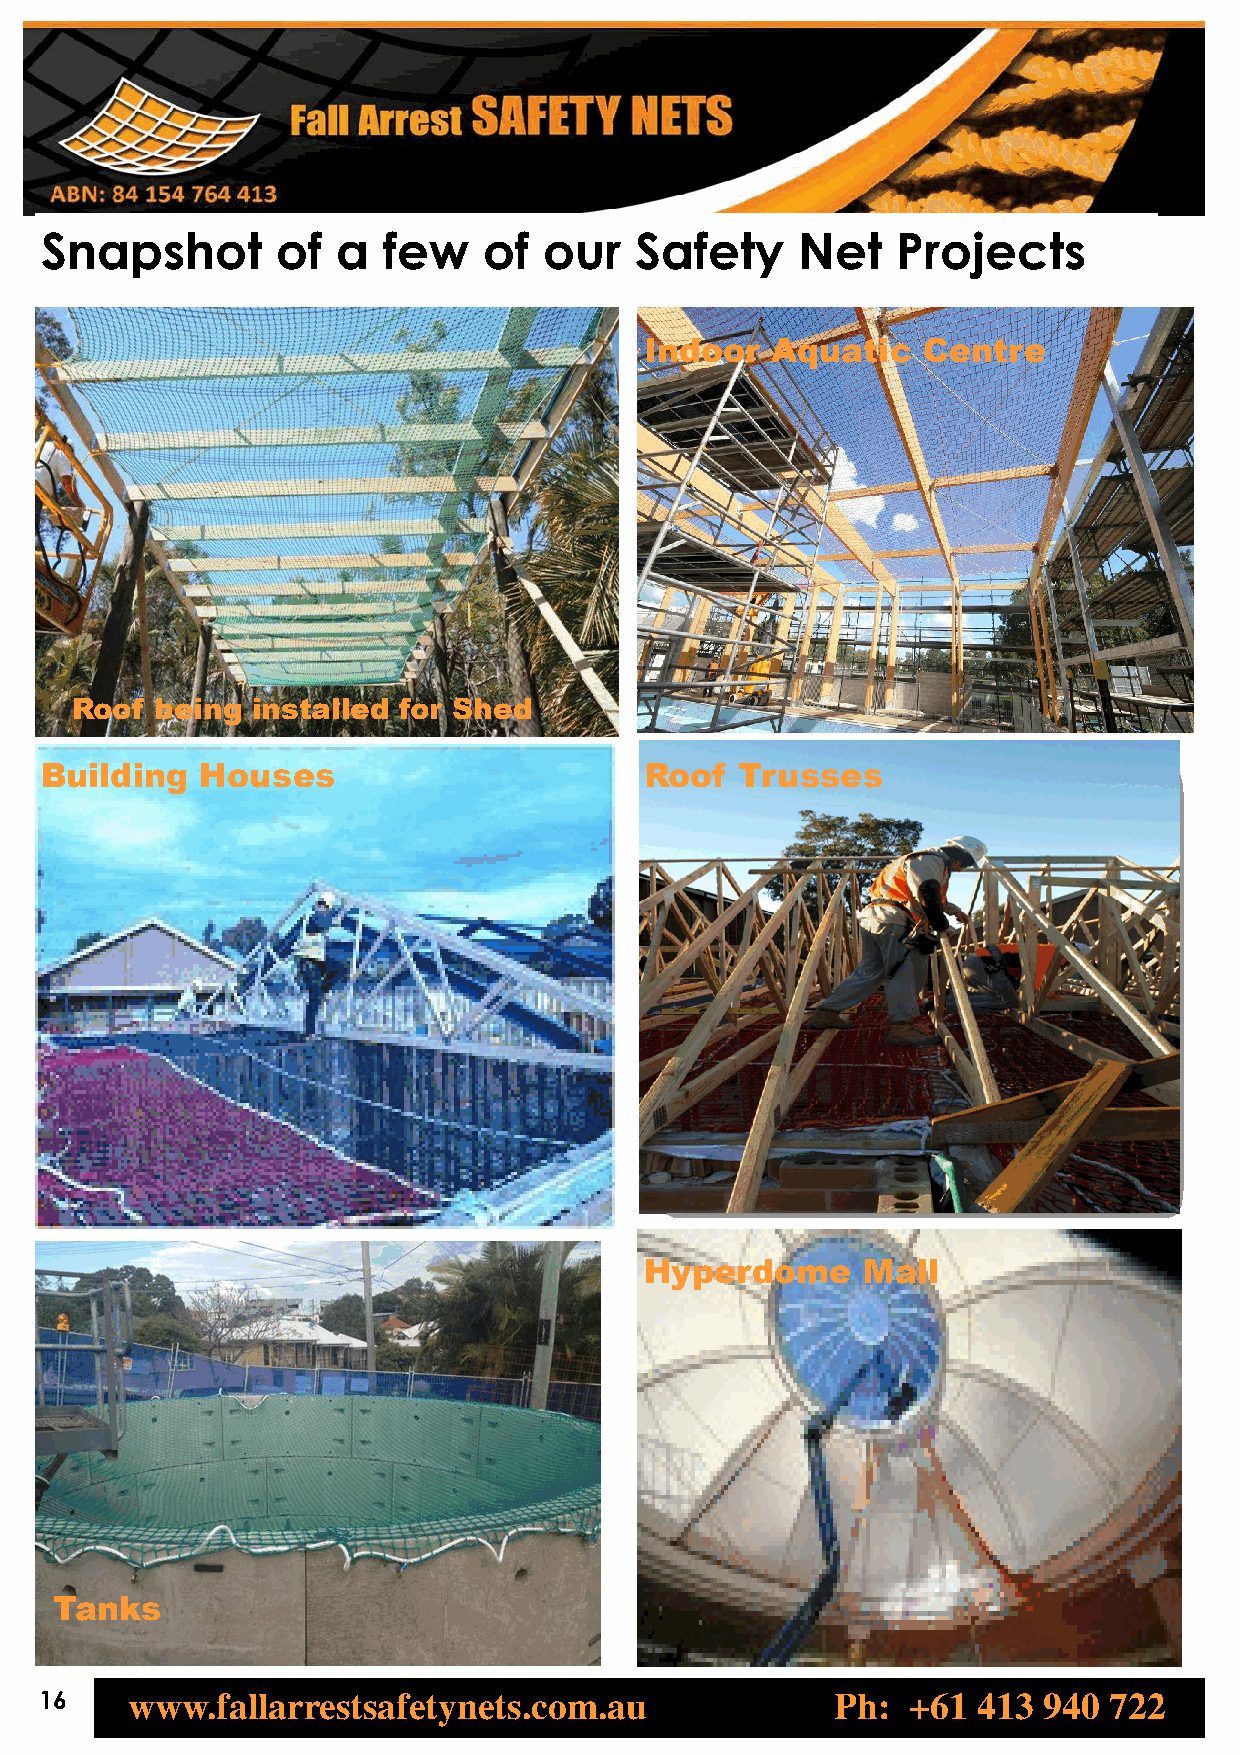
Snapshot       of  a  few    of  our   Safety     Net   Projects
 Indoor  Aquatic   Centre
 Roof being  installed for Shed
 Building  Houses                        Roof  Trusses
 Hyperdome     Mall
 Tanks
 16   www.fallarrestsafetynets.com.au                Ph:  +61  413 940 722